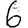
Digit: 6